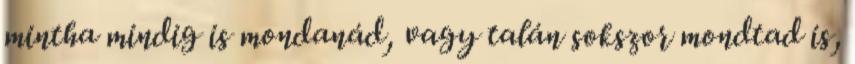
mintha mindig is mondanád, vagy talán sokszor mondtad is,